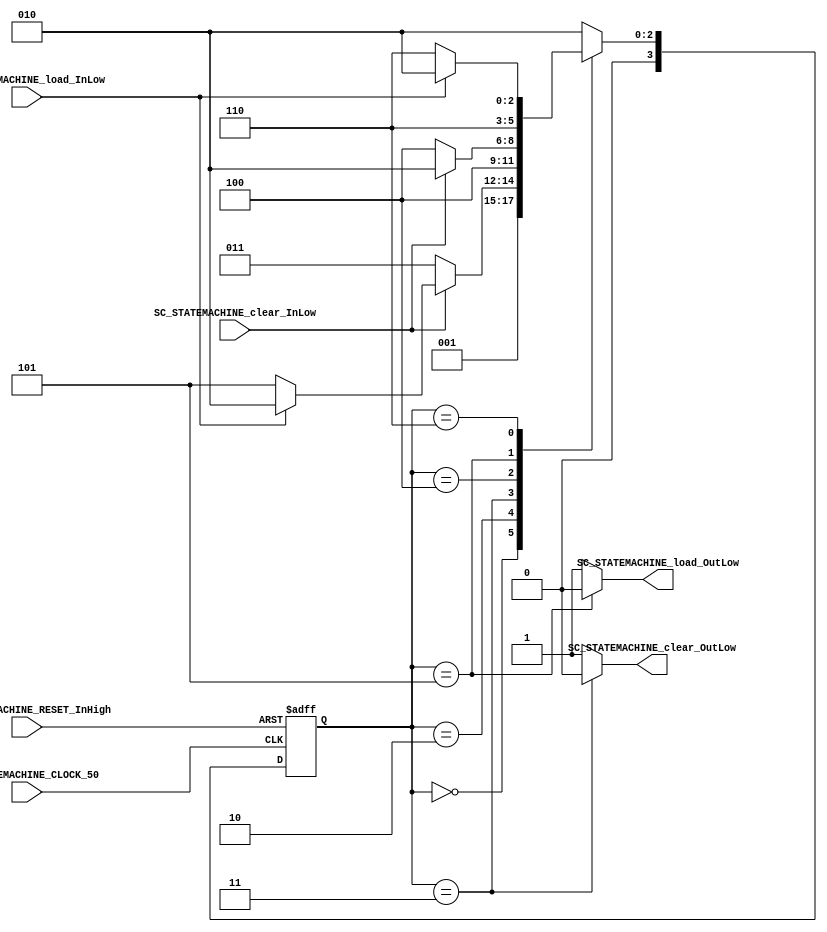
///*######################################################################
//#	G0B1T: HDL EXAMPLES. 2018.
//######################################################################
//# Copyright (C) 2018. F.E.Segura-Quijano (FES) fsegura@uniandes.edu.co
//# 
//# This program is free software: you can redistribute it and/or modify
//# it under the terms of the GNU General Public License as published by
//# the Free Software Foundation, version 3 of the License.
//#
//# This program is distributed in the hope that it will be useful,
//# but WITHOUT ANY WARRANTY; without even the implied warranty of
//# MERCHANTABILITY or FITNESS FOR A PARTICULAR PURPOSE.  See the
//# GNU General Public License for more details.
//#
//# You should have received a copy of the GNU General Public License
//# along with this program.  If not, see <http://www.gnu.org/licenses/>
//####################################################################*/
//=======================================================
//  MODULE Definition
//=======================================================
module SC_STATEMACHINE (
	//////////// OUTPUTS //////////
	SC_STATEMACHINE_clear_OutLow,
	SC_STATEMACHINE_load_OutLow,
	//////////// INPUTS //////////
	SC_STATEMACHINE_CLOCK_50,
	SC_STATEMACHINE_RESET_InHigh,
	SC_STATEMACHINE_clear_InLow,
	SC_STATEMACHINE_load_InLow
);	
//=======================================================
//  PARAMETER declarations
//=======================================================
// states declaration
localparam STATE_RESET_0									= 0;
localparam STATE_START_0									= 1;
localparam STATE_CHECK_0									= 2;
localparam STATE_CLEAR_0									= 3;
localparam STATE_CLEAR_1									= 4;
localparam STATE_LOAD_0										= 5; 
localparam STATE_LOAD_1										= 6; 
//=======================================================
//  PORT declarations
//=======================================================
output reg		SC_STATEMACHINE_clear_OutLow;
output reg		SC_STATEMACHINE_load_OutLow;
input			SC_STATEMACHINE_CLOCK_50;
input 			SC_STATEMACHINE_RESET_InHigh;
input			SC_STATEMACHINE_clear_InLow;
input			SC_STATEMACHINE_load_InLow;
//=======================================================
//  REG/WIRE declarations
//=======================================================
reg [3:0] STATE_Register;
reg [3:0] STATE_Signal;
//=======================================================
//  Structural coding
//=======================================================
//INPUT LOGIC: COMBINATIONAL
// NEXT STATE LOGIC : COMBINATIONAL
always @(*)
begin
	case (STATE_Register)
		STATE_RESET_0: STATE_Signal = STATE_START_0;
		STATE_START_0: STATE_Signal = STATE_CHECK_0;
		STATE_CHECK_0: if (SC_STATEMACHINE_clear_InLow == 1'b0) STATE_Signal = STATE_CLEAR_0;
							else 	if (SC_STATEMACHINE_load_InLow == 1'b0) STATE_Signal = STATE_LOAD_0;
							else STATE_Signal = STATE_CHECK_0;
		STATE_CLEAR_0: STATE_Signal = STATE_CLEAR_1;
		STATE_CLEAR_1: if (SC_STATEMACHINE_clear_InLow == 1'b0) STATE_Signal = STATE_CLEAR_1;
							else STATE_Signal = STATE_CHECK_0;
		STATE_LOAD_0: 	STATE_Signal = STATE_LOAD_1;
		STATE_LOAD_1: 	if (SC_STATEMACHINE_load_InLow == 1'b0) STATE_Signal = STATE_LOAD_1;
							else STATE_Signal = STATE_CHECK_0;		
		default : 		STATE_Signal = STATE_CHECK_0;
	endcase
end
// STATE REGISTER : SEQUENTIAL
always @ ( posedge SC_STATEMACHINE_CLOCK_50 , posedge SC_STATEMACHINE_RESET_InHigh)
begin
	if (SC_STATEMACHINE_RESET_InHigh == 1'b1)
		STATE_Register <= STATE_RESET_0;
	else
		STATE_Register <= STATE_Signal;
end
//=======================================================
//  Outputs
//=======================================================
// OUTPUT LOGIC : COMBINATIONAL
always @ (*)
begin
	case (STATE_Register)
//=========================================================
// STATE_RESET
//=========================================================
	STATE_RESET_0 :	
		begin
			SC_STATEMACHINE_clear_OutLow = 1'b1;
			SC_STATEMACHINE_load_OutLow = 1'b1;
		end
//=========================================================
// STATE_START
//=========================================================
	STATE_START_0 :	
		begin
			SC_STATEMACHINE_clear_OutLow = 1'b1;
			SC_STATEMACHINE_load_OutLow = 1'b1;
		end
//=========================================================
// STATE_CHECK
//=========================================================
	STATE_CHECK_0 :
		begin
			SC_STATEMACHINE_clear_OutLow = 1'b1;
			SC_STATEMACHINE_load_OutLow = 1'b1;
		end
//=========================================================
// STATE_CLEAR_0
//=========================================================
	STATE_CLEAR_0 :	
		begin
			SC_STATEMACHINE_clear_OutLow = 1'b0;  //-
			SC_STATEMACHINE_load_OutLow = 1'b1;
		end
//=========================================================
// STATE_CLEAR_1
//=========================================================
	STATE_CLEAR_1 :	
		begin
			SC_STATEMACHINE_clear_OutLow = 1'b1;
			SC_STATEMACHINE_load_OutLow = 1'b1;
		end
//=========================================================
// STATE_LOAD_0
//=========================================================
	STATE_LOAD_0 :
		begin
			SC_STATEMACHINE_clear_OutLow = 1'b1;
			SC_STATEMACHINE_load_OutLow = 1'b0; //-  
		end
//=========================================================
// STATE_LOAD_1
//=========================================================
	STATE_LOAD_1 :
		begin
			SC_STATEMACHINE_clear_OutLow = 1'b1;
			SC_STATEMACHINE_load_OutLow = 1'b1; 
		end
//=========================================================
// DEFAULT
//=========================================================
	default :
		begin
			SC_STATEMACHINE_clear_OutLow = 1'b1;
			SC_STATEMACHINE_load_OutLow = 1'b1; 
		end
	endcase
end
endmodule